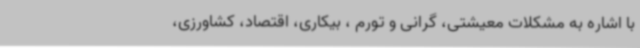
با اشاره به مشکلات معیشتی، گرانی و تورم ، بیکاری، اقتصاد، کشاورزی،